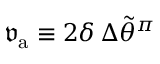
\mathfrak { v } _ { \mathrm { a } } \equiv 2 \delta \, \Delta \widetilde { \theta } ^ { \pi }